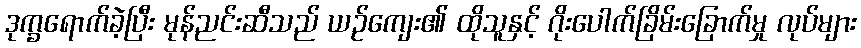
ဒုက္ခရောက်ခဲ့ပြီး မုန်ညင်းဆီသည် ယဉ်ကျေး၏ ထိုသူနှင့် ဂိုးပေါက်ခြိမ်းခြောက်မှု လုပ်များ